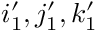
i _ { 1 } ^ { \prime } , j _ { 1 } ^ { \prime } , k _ { 1 } ^ { \prime }